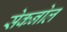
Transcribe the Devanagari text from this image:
सेकनोल